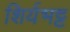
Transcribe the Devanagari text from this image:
शिर्यभट्ट